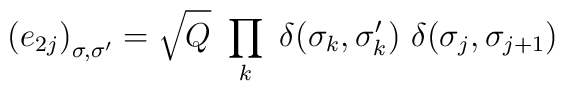
\left(e_{2j}\right)_{\sigma,\sigma'}=\sqrt{Q}~ \prod_k ~\delta(\sigma_k,\sigma_k'){}~\delta(\sigma_j,\sigma_{j+1})